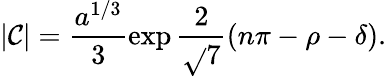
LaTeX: |\mathcal{C}|=\frac{{a^{1/3}}}{3}\exp{\frac{2}{{\sqrt{}{7}}}(n\pi-\rho-\delta)}.